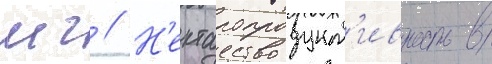
мг // Н'ектаропродукт'ивность в